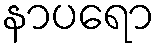
နာပရော